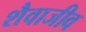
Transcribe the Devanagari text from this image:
शैवाजीव